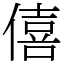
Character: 僖